Annual report of the Punjab Veterinary College and of the Civil Veterinary Department, Punjab - 1894-1908
Year: 1894
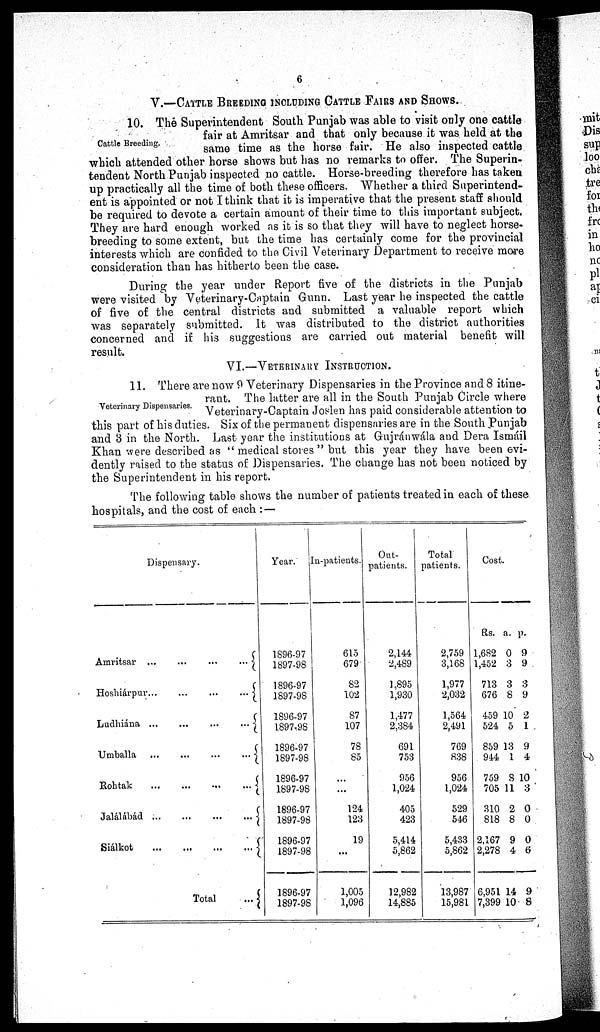
6
V.—CATTLE BREEDING INCLUDING CATTLE FAIRS AND SHOWS.
Cattle Breeding.
10. The Superintendent South Punjab was able to visit only one cattle
fair at Amritsar and that only because it was held at the
same time as the horse fair. He also inspected cattle
which attended other horse shows but has no remarks to offer. The Superin-
tendent North Punjab inspected no cattle. Horse-breeding therefore has taken
up practically all the time of both these officers. Whether a third Superintend-
ent is appointed or not I think that it is imperative that the present staff should
be required to devote a certain amount of their time to this important subject.
They are hard enough worked as it is so that they will have to neglect horse-
breeding to some extent, but the time has certainly come for the provincial
interests which are confided to the Civil Veterinary Department to receive more
consideration than has hitherto been the case.
During the year under Report five of the districts in the Punjab
were visited by Veterinary-Captain Gunn. Last year he inspected the cattle
of five of the central districts and submitted a valuable report which
was separately submitted. It was distributed to the district authorities
concerned and if his suggestions are carried out material benefit will
result.
VI.—VETERIARY INSTRUCTION.
Veterinary Dispensaries.
11. There are now 9 Veterinary Dispensaries in the Province and 8 itine-
rant. The latter are all in the South Punjab Circle where
Veterinary-Captain Joslen has paid considerable attention to
this part of his duties. Six of the permanent dispensaries are in the South Punjab
and 3 in the North. Last year the institutions at Gujránwála and Dera Ismáil
Khan were described as " medical stores " but this year they have been evi-
dently raised to the status of Dispensaries. The change has not been noticed by
the Superintendent in his report.
The following table shows the number of patients treated in each of these
hospitals, and the cost of each : —
Dispensary.
Amritsar ...
...
...
...
Hoshiárpur
...
...
...
...
Ludhiána ...
...
...
...
Umballa ... ... ...
Rohtak
...
...
...
...
Jalálábád
...
...
...
...
Siálkot
...
...
...
...
Total
...
Year.
1896-97
1897-98
1896-97
1897-98
1896-97
1897-98
1896-97
1897-98
1896-97
1897-98
1896-97
1897-98
1896-97
1897-98
1896-97
1897-98
In-patients.
615
679
82
102
87
107
78
85
...
...
124
123
19
...
1,005
1,096
Out-
patients.
2,144
2,489
1,895
1,930
1,477
2,384
691
753
956
1,024
405
423
5,414
5,862
12,982
14,885
Total
patients.
2,759
3,168
1,977
2,032
1,564
2,491
769
838
956
1,024
529
546
5,433
5,862
13,987
15,981
Cost.
Rs.
1,682
1,452
713
676
459
524
859
944
759
705
310
818
2,167
2,278
6,951
7,399
a.
0
3
3
8
10
5
13
1
8
11
2
8
9
4
14
10
p.
9
9
3
9
2
1
9
4
10
3
0
0
0
6
9
8